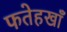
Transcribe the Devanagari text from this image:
फतेहखाँ